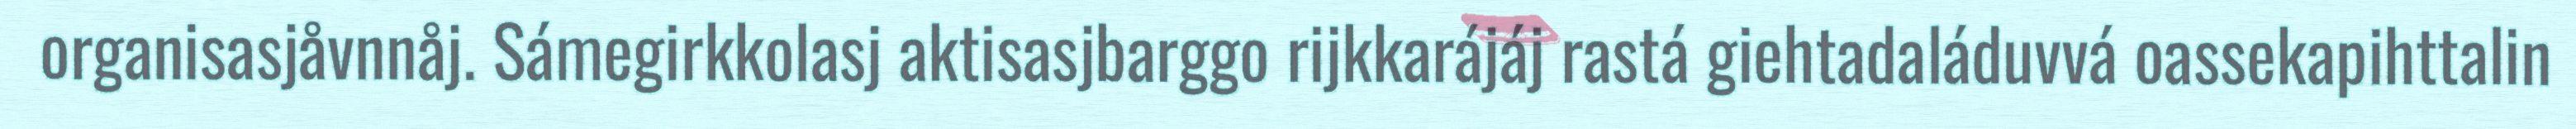
organisasjåvnnåj. Sámegirkkolasj aktisasjbarggo rijkkarájáj rastá giehtadaláduvvá oassekapihttalin